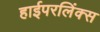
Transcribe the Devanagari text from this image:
हाईपरलिंक्स